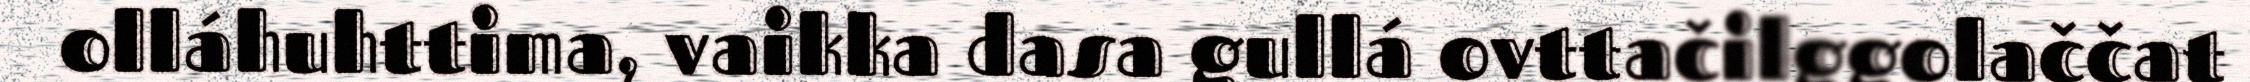
olláhuhttima, vaikka dasa gullá ovttačilggolaččat